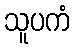
သူပကံ